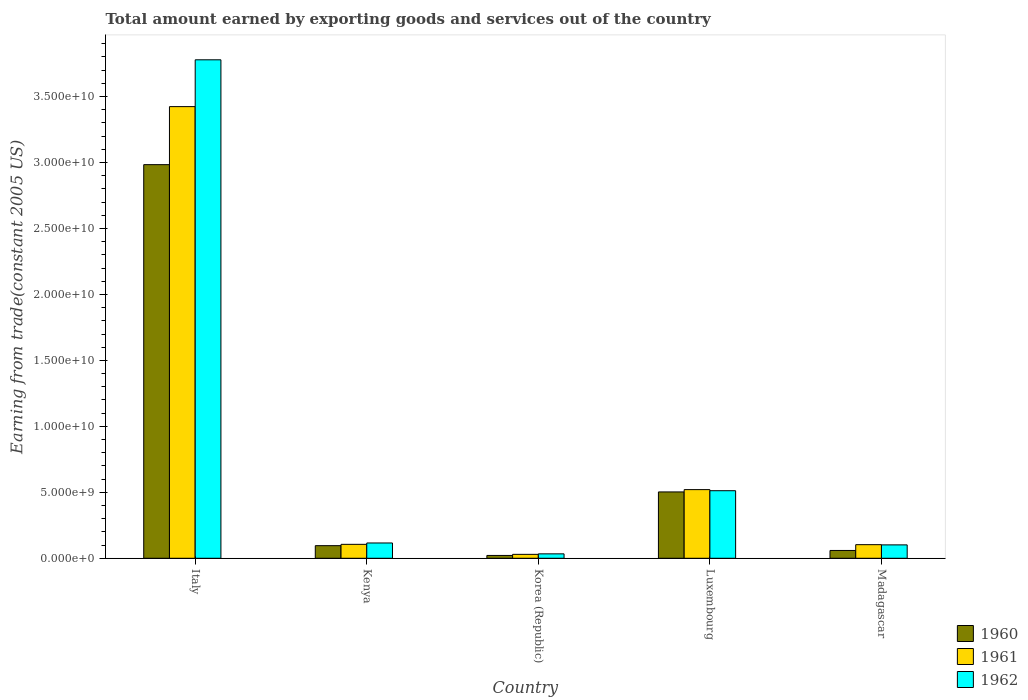
| Country | 1960 | 1961 | 1962 |
 | --- | --- | --- | --- |
 | Italy | 2.98e+10 | 3.42e+10 | 3.78e+10 |
 | Kenya | 9.56e+08 | 1.06e+09 | 1.16e+09 |
 | Korea (Republic) | 2.14e+08 | 2.96e+08 | 3.35e+08 |
 | Luxembourg | 5.03e+09 | 5.2e+09 | 5.12e+09 |
 | Madagascar | 5.92e+08 | 1.03e+09 | 1.02e+09 |